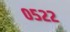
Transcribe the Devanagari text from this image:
०५२२